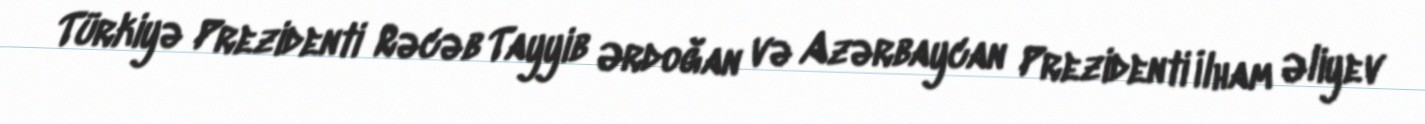
Türkiyə Prezidenti Rəcəb Tayyib Ərdoğan və Azərbaycan Prezidenti İlham Əliyev